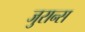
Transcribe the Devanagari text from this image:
जुरान्स